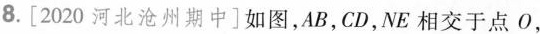
8.[2020河北沧州期中]如图，AB，CD，NE相交于点O，